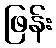
ဖြန်း